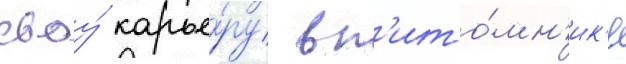
своу́ карье́ру в п'ито́мн'ик'е